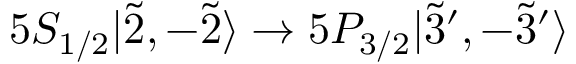
5 S _ { 1 / 2 } | \Tilde { 2 } , - \Tilde { 2 } \rangle \rightarrow 5 P _ { 3 / 2 } | \Tilde { 3 } ^ { \prime } , - \Tilde { 3 } ^ { \prime } \rangle